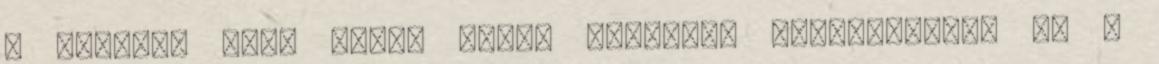
a második ajtó kerül nincs beépítve lakószintnek és a